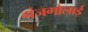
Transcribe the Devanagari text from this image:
गंजगोलाई